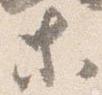
等